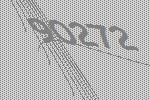
90272